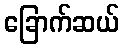
ခြောက်ဆယ်